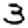
Digit: 3